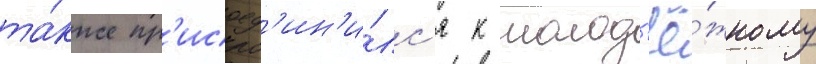
та́кже пр'исоед'ин'и́лс'я к молод'ё́жному